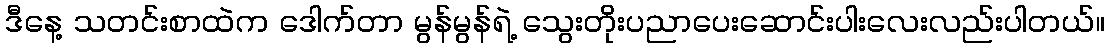
ဒီနေ့ သတင်းစာထဲက ဒေါက်တာ မွန်မွန်ရဲ့ သွေးတိုးပညာပေးဆောင်းပါးလေးလည်းပါတယ်။